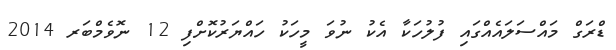
ޑްރަގް މައްސަލައެއްގައި ފުލުހަކާ އެކު ނުވަ މީހަކު ހައްޔަރުކޮށްފި 12 ނޮވެމްބަރ 2014